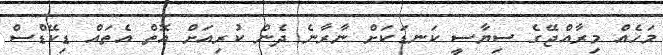
މަހެއް މިރާއްޖޭގެ ސިޔާސީ ކަނޑަކަށް ނާރާނެ ދެން ކުރިއަށް އޮތް އެތައް ޑިކޭޑްސް